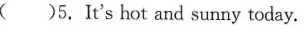
( )5.It's hot and sunny today.